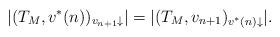
LaTeX: \begin{align*}|(T_M, v^*(n))_{v_{n+1}\downarrow}| = |(T_M, v_{n+1})_{v^*(n)\downarrow}|.\end{align*}